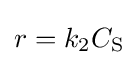
r=k_{2}C_{\mathrm {S} }